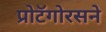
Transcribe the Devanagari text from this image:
प्रोटॅगोरसने